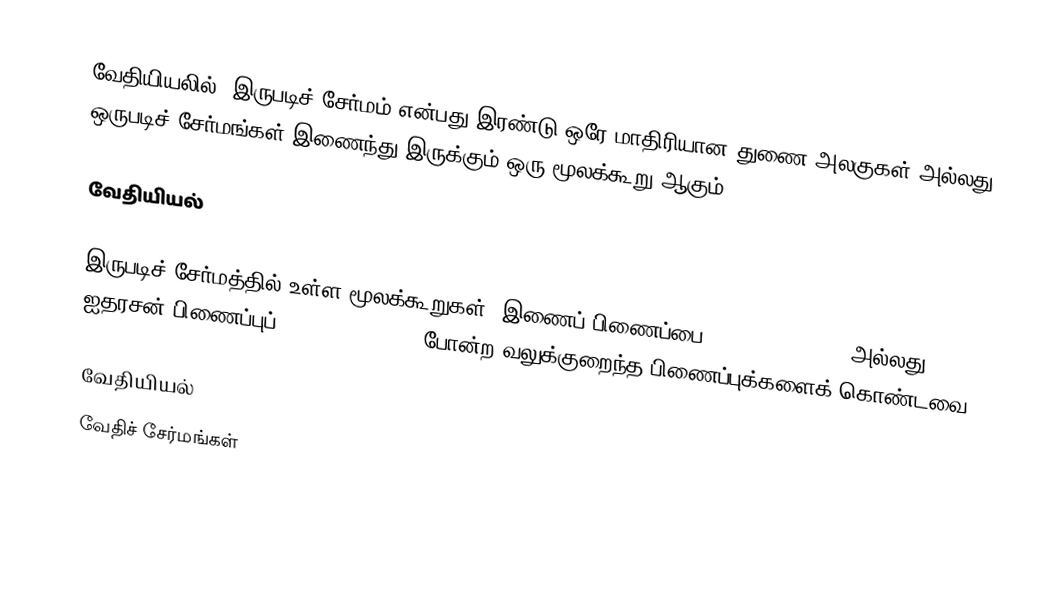
வேதியியலில், இருபடிச் சேர்மம் என்பது இரண்டு ஒரே மாதிரியான துணை அலகுகள் அல்லது ஒருபடிச் சேர்மங்கள் இணைந்து இருக்கும் ஒரு மூலக்கூறு ஆகும்.

வேதியியல்

இருபடிச் சேர்மத்தில் உள்ள மூலக்கூறுகள், இணைப் பிணைப்பை (covalent bonds) அல்லது ஐதரசன் பிணைப்புப் (hydrogen bonds) போன்ற வலுக்குறைந்த பிணைப்புக்களைக் கொண்டவை.

வேதியியல்
வேதிச் சேர்மங்கள்